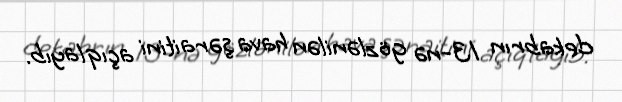
dekabrın 13-nə gözlənilən hava şəraitini açıqlayıb.